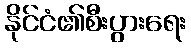
နိုင်ငံ၏စီးပွားရေး